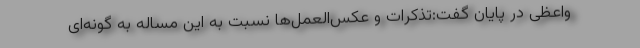
واعظی در پایان گفت:تذکرات و عکس‌العمل‌ها نسبت به این مساله به گونه‌ای